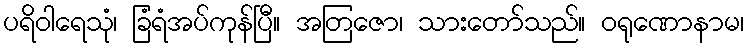
ပရိဝါရေသုံ၊ ခြံရံအပ်ကုန်ပြီ။ အတြဇော၊ သားတော်သည်။ ဝရုဏောနာမ၊